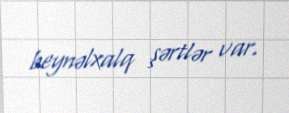
beynəlxalq şərtlər var.